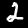
Label: 2